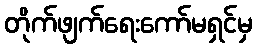
တိုက်ဖျက်ရေးကော်မရှင်မှ